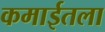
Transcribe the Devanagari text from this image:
कमाईतला